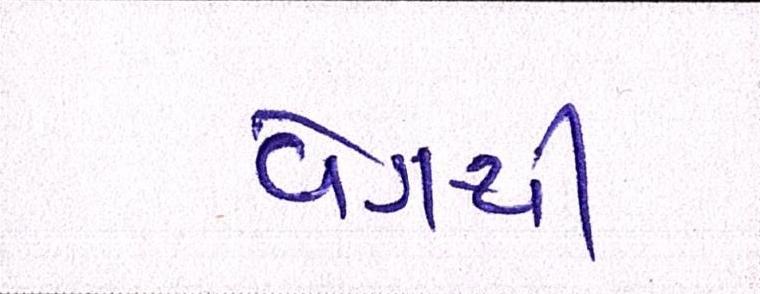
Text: વેગથી